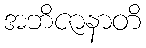
အဘိဇာနာတိ